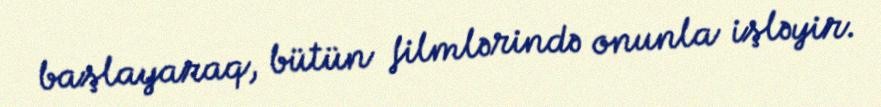
başlayaraq, bütün filmlərində onunla işləyir.